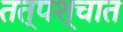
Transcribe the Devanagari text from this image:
तत्‍पश्‍चात